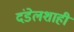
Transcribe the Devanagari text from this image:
दंडेलशाही